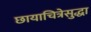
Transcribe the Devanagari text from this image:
छायाचित्रेसुद्धा